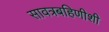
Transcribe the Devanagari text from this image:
सावत्रबहिणीशी